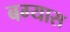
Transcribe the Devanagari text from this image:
बग्यास